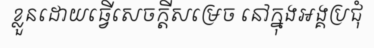
ខ្លួនដោយធ្វើសេចក្តីសម្រេច នៅក្នុងអង្គប្រជុំ